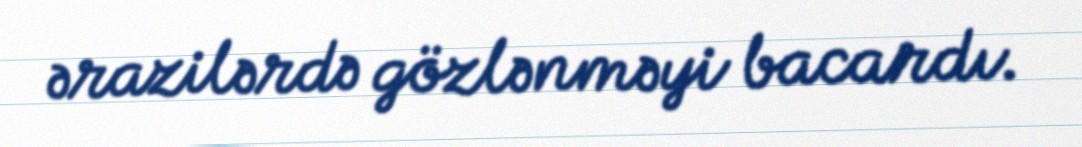
ərazilərdə gözlənməyi bacardı.